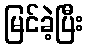
မြင်ခဲ့ပြီး